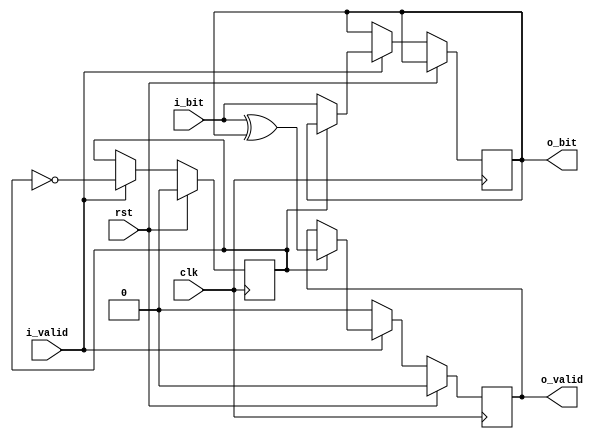
// Von Neumann unbiaser
module vn_unbiaser (
  input clk,
  input rst,
  input i_valid,
  input i_bit,
  output reg o_valid,
  output o_bit
);

  reg last_value;
  reg next;

  assign o_bit = last_value;

  initial begin
    next = 0;
    last_value = 0;
    o_valid = 0;
  end

  always @(posedge clk) begin
    if (rst) begin
      next = 0;
      o_valid = 0;
      // last_valid will we overwritten anyway
    end 
    else begin
      if (i_valid) begin
        if (!next) begin
          // Store the first value of the pair
          last_value = i_bit;
        end
        else begin
          // Compute the output validity depending on the received input and the
          // previous one
          o_valid = (i_bit ^ last_value);
        end
        next = !next;
      end
      else begin
        o_valid = 0;
      end
    end
  end
endmodule

module vn_unbiaser_wrapper (
  input clk,
  input rst,
  input vn_enable,
  input i_valid,
  input i_bit,
  output o_valid,
  output o_bit
);
  wire vn_bit;
  wire vn_valid;
  vn_unbiaser VN (clk, rst, i_valid, i_bit, vn_valid, vn_bit);

  assign o_valid = vn_enable ? vn_valid : i_valid;
  assign o_bit = vn_enable ? vn_bit : i_bit;
endmodule